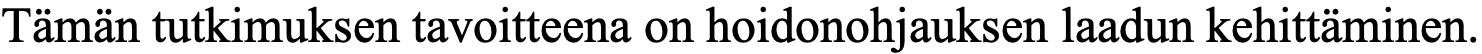
Tämän tutkimuksen tavoitteena on hoidonohjauksen laadun kehittäminen.